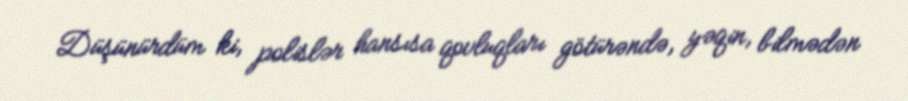
Düşünürdüm ki, polislər hansısa qovluqları götürəndə, yəqin, bilmədən